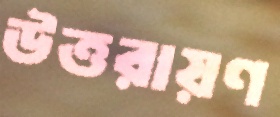
উত্তরায়ণ